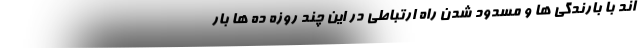
اند با بارندگی ها و مسدود شدن راه ارتباطی در این چند روزه ده ها بار